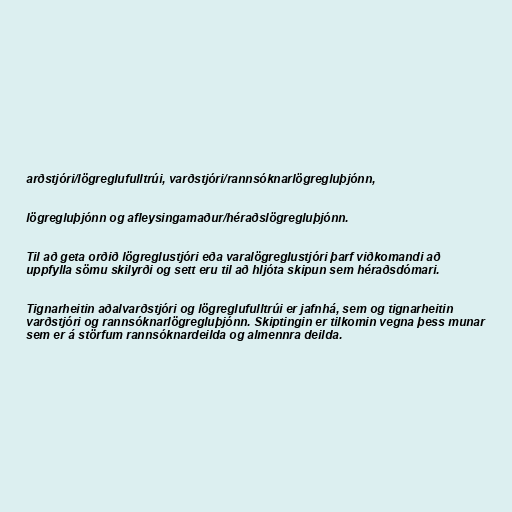
arðstjóri/lögreglufulltrúi, varðstjóri/rannsóknarlögregluþjónn,

lögregluþjónn og afleysingamaður/héraðslögregluþjónn.

Til að geta orðið lögreglustjóri eða varalögreglustjóri þarf viðkomandi að
uppfylla sömu skilyrði og sett eru til að hljóta skipun sem héraðsdómari.

Tignarheitin aðalvarðstjóri og lögreglufulltrúi er jafnhá, sem og tignarheitin
varðstjóri og rannsóknarlögregluþjónn. Skiptingin er tilkomin vegna þess munar
sem er á störfum rannsóknardeilda og almennra deilda.